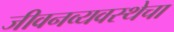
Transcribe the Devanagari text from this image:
जीवनव्यवस्थेचा